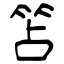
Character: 笘